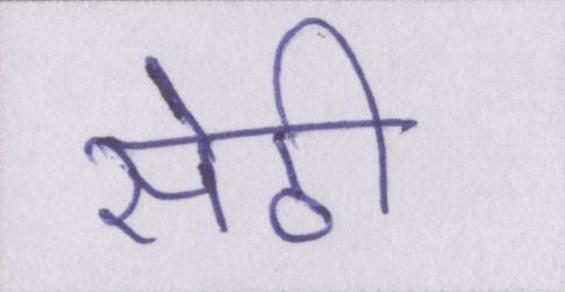
सेठी